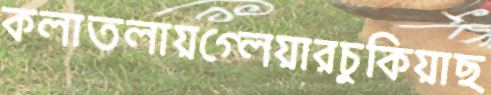
কলাতলায়গ্লেয়ারচুকিয়াছ